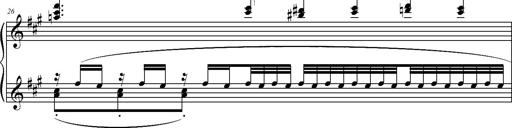
Title: 2 LÃ©gendes
Composer: Franz Liszt